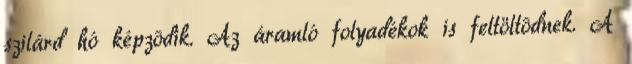
szilárd hó képzõdik. Az áramló folyadékok is feltöltõdnek. A